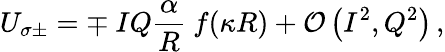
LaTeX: U_{\sigma\pm}=\mp\ IQ\frac{\alpha}{R}\ f(\kappa R)+\mathcal{O}\left(I^{2},Q^{2}\right)\, ,